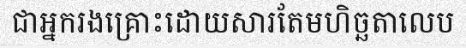
ជាអ្នករងគ្រោះដោយសារតែមហិច្ឆតាលេប